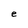
Character: e